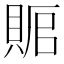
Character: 𰷅